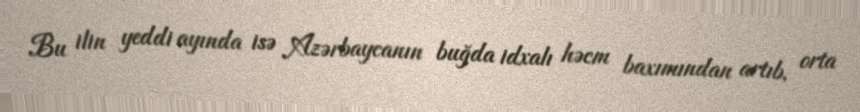
Bu ilin yeddi ayında isə Azərbaycanın buğda idxalı həcm baxımından artıb, orta